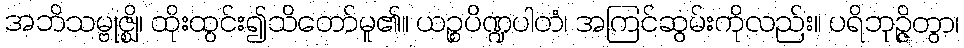
အဘိသမ္ဗုဇ္ဈိ၊ ထိုးထွင်း၍သိတော်မူ၏။ ယဉ္စပိဏ္ဍပါတံ၊ အကြင်ဆွမ်းကိုလည်း။ ပရိဘုဉ္ဇိတွာ၊